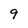
Character: 9